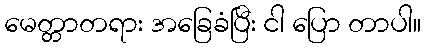
မေတ္တာတရား အခြေခံပြီး ငါ ပြော တာပါ။